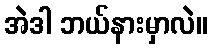
အဲဒါ ဘယ်နားမှာလဲ။